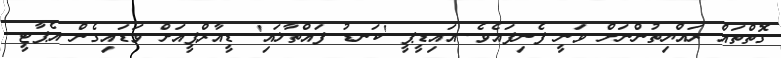
ގޮތްތައް ރައްޔިތުންނަށް ވަނީ ފެނިފައެވެ. އައިޑީޕީ 'ކަނޑު ފައްތާލައި' ޑީއާރްޕީއަށް ވަޑައިގެން އެޕާޓީ